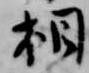
相